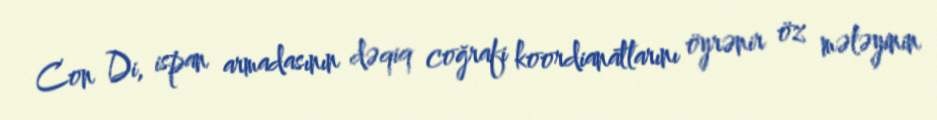
Con Di, ispan armadasının dəqiq coğrafi koordianatlarını öyrənir öz mələyinin